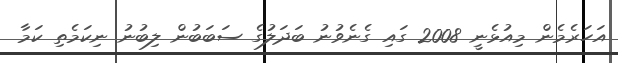
އަހަރެމެން މިއުޅެނީ 2008 ގައި ގެނެވުނު ބަދަލުގެ ސަބަބުން ލިބުނު ނިކަމެތި ކަމާ